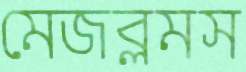
মেজব্লমস